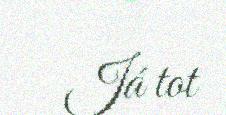
Já tot